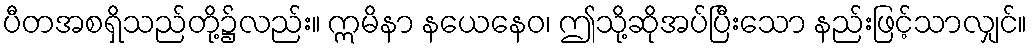
ပီတအစရှိသည်တို့၌လည်း။ ဣမိနာ နယေနေဝ၊ ဤသို့ဆိုအပ်ပြီးသော နည်းဖြင့်သာလျှင်။